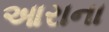
આરાના